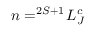
n = ^ { 2 S + 1 } \! L _ { J } ^ { c }